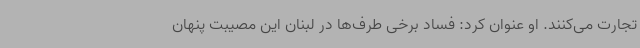
تجارت می‌کنند. او عنوان کرد: فساد برخی طرف‌ها در لبنان این مصیبت پنهان